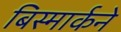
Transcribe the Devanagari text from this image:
बिस्मार्कने